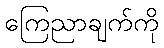
ကြေညာချက်ကို